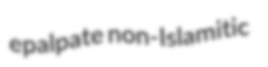
epalpate non-Islamitic